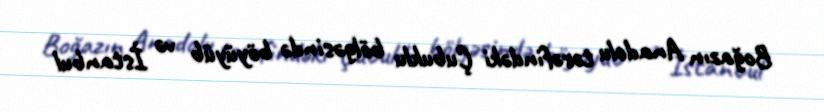
Boğazın Anadolu tərəfindəki Çubuklu bölgəsində böyüyüb və İstanbul